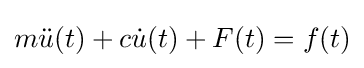
m{\ddot {u}}(t)+c{\dot {u}}(t)+F(t)=f(t)